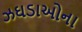
ઝઘડાઓના